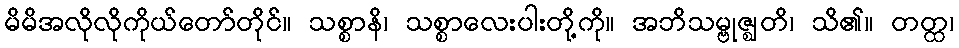
မိမိအလိုလိုကိုယ်တော်တိုင်။ သစ္စာနိ၊ သစ္စာလေးပါးတို့ကို။ အဘိသမ္ဗုဇ္ဈတိ၊ သိ၏။ တတ္ထ၊